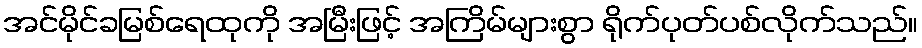
အင်မိုင်ခမြစ်ရေထုကို အမြီးဖြင့် အကြိမ်များစွာ ရိုက်ပုတ်ပစ်လိုက်သည်။